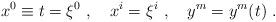
LaTeX: \begin{align*}x^0\equiv t=\xi^0\ ,\quad x^i=\xi^i\ ,\quad y^m=y^m(t)\ .\end{align*}